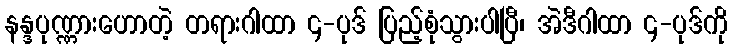
နန္ဒပုဏ္ဏားဟောတဲ့ တရားဂါထာ ၄-ပုဒ် ပြည့်စုံသွားပါပြီ၊ အဲဒီဂါထာ ၄-ပုဒ်ကို